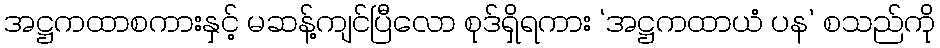
အဋ္ဌကထာစကားနှင့် မဆန့်ကျင်ပြီလော စုဒ်ရှိရကား ‘အဋ္ဌကထာယံ ပန’ စသည်ကို